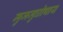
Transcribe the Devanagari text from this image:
मुजजुघोषाय